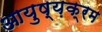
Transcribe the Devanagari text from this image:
आयुष्य़क्रम